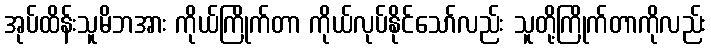
အုပ်ထိန်းသူမိဘအား ကိုယ်ကြိုက်တာ ကိုယ်လုပ်နိုင်သော်လည်း သူတို့ကြိုက်တာကိုလည်း